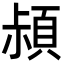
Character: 𩒛